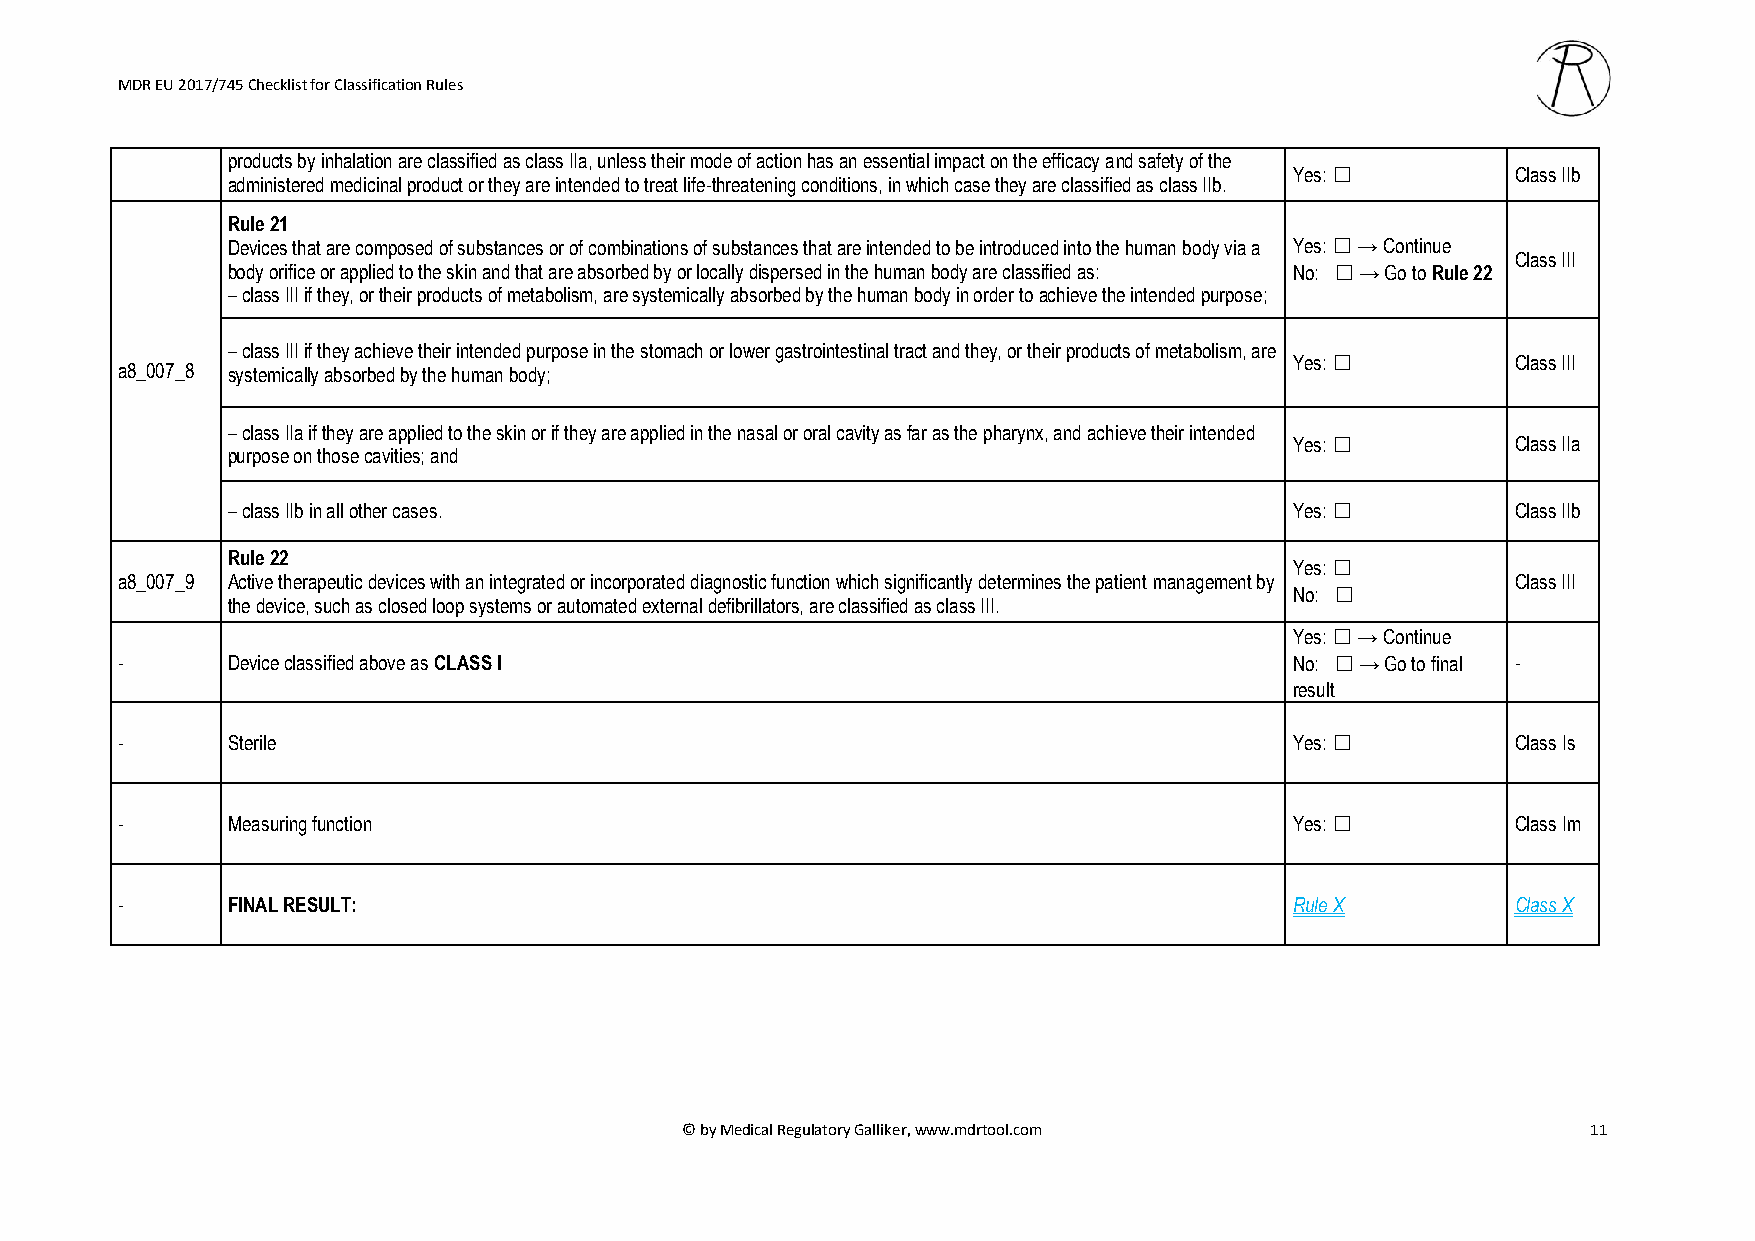
MDR EU 2017/745 Checklist for Classification Rules
 products by inhalation are classified as class IIa, unless their mode of action has an essential impact on the efficacy and safety of the
 Yes: ☐        Class IIb
 administered medicinal product or they are intended to treat life-threatening conditions, in which case they are classified as class IIb.
 Rule 21
 Devices that are composed of substances or of combinations of substances that are intended to be introduced into the human body via a Yes: ☐ → Continue
 Class III
 body orifice or applied to the skin and that are absorbed by or locally dispersed in the human body are classified as: No: ☐ → Go to Rule 22
 – class III if they, or their products of metabolism, are systemically absorbed by the human body in order to achieve the intended purpose;
 – class III if they achieve their intended purpose in the stomach or lower gastrointestinal tract and they, or their products of metabolism, are
 Yes: ☐        Class III
 a8_007_8 systemically absorbed by the human body;
 – class IIa if they are applied to the skin or if they are applied in the nasal or oral cavity as far as the pharynx, and achieve their intended
 Yes: ☐        Class IIa
 purpose on those cavities; and
 – class IIb in all other cases.                                        Yes: ☐        Class IIb
 Rule 22
 Yes: ☐
 a8_007_9 Active therapeutic devices with an integrated or incorporated diagnostic function which significantly determines the patient management by Class III
 No: ☐
 the device, such as closed loop systems or automated external defibrillators, are classified as class III.
 Yes: ☐ → Continue
 -      Device classified above as CLASS I                                     No: ☐ → Go to final -
 result
 -      Sterile                                                                Yes: ☐        Class Is
 -      Measuring function                                                     Yes: ☐        Class Im
 -      FINAL RESULT:                                                          Rule X        Class X
 © by Medical Regulatory Galliker, www.mdrtool.com           11